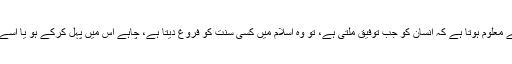
اس حدیث سے معلوم ہوتا ہے کہ انسان کو جب توفیق ملتی ہے، تو وہ اسلام میں کسی سنت کو فروغ دیتا ہے، چاہے اس میں پہل کرکے ہو یا اسے زندہ کرکے۔